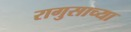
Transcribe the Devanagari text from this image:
रागुसाच्या